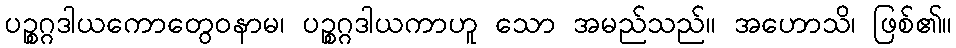
ပဉ္စဂ္ဂဒါယကောတွေဝနာမ၊ ပဉ္စဂ္ဂဒါယကာဟူ သော အမည်သည်။ အဟောသိ၊ ဖြစ်၏။